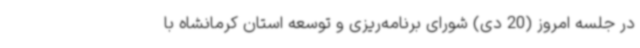
در جلسه امروز (20 دی) شورای برنامه‌ریزی و توسعه استان کرمانشاه با